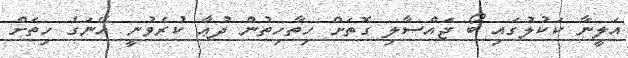
އަލީނާ ކަކުލުގައި ބޯ ޖައްސާލި ގޮތަށް ހިތާހިތުން ދުޢާ ކުރެވުނީ އޭނަގެ ހިތަށް